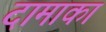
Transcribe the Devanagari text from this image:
दामाका